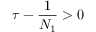
\tau - \frac { 1 } { N _ { 1 } } > 0